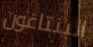
البنتاغون